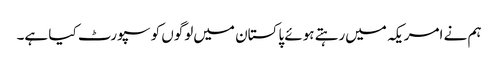
ہم نے امریکہ میں‌رہتے ہوئے پاکستان میں‌لوگوں کو سپورٹ کیا ہے۔